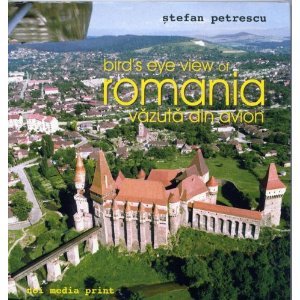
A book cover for Bird's Eye View of Romania (Vazuta din Avion); stefan petrescu; Travel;